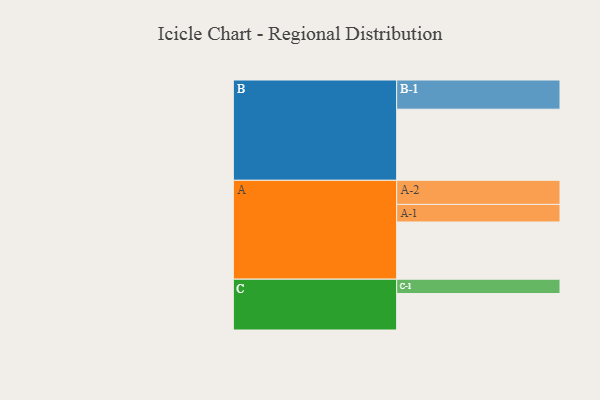
{"axis": {"x": "Segment", "y": "Value"}, "legend": ["", "A", "B", "C"], "data": [{"x": "A", "y": 482, "type": ""}, {"x": "B", "y": 599, "type": ""}, {"x": "C", "y": 307, "type": ""}, {"x": "A-1", "y": 148, "type": "A"}, {"x": "A-2", "y": 203, "type": "A"}, {"x": "B-1", "y": 246, "type": "B"}, {"x": "C-1", "y": 121, "type": "C"}]}